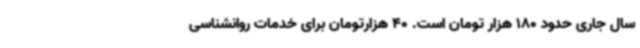
سال جاری حدود 180 هزار تومان است. 40 هزارتومان برای خدمات روانشناسی